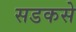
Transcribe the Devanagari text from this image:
सडकसे